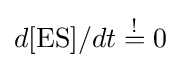
d{[\mathrm {ES} ]}/{dt}\;{\overset {!}{=}}\;0